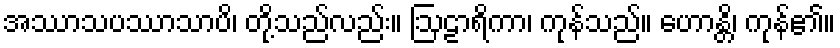
အဿာသပဿာသာပိ၊ တို့သည်လည်း။ ဩဠာရိကာ၊ ကုန်သည်။ ဟောန္တိ၊ ကုန်၏။